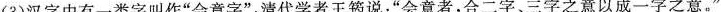
(3)汉字中有一类字叫作”会意字”，清代学者王筠说：”会意者，合二字、三字之意以成一字之意。”